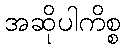
အဆိုပါကိစ္စ